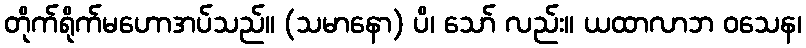
တိုက်ရိုက်မဟောအပ်သည်။ (သမာနော) ပိ၊ သော် လည်း။ ယထာလာဘ ဝသေန၊